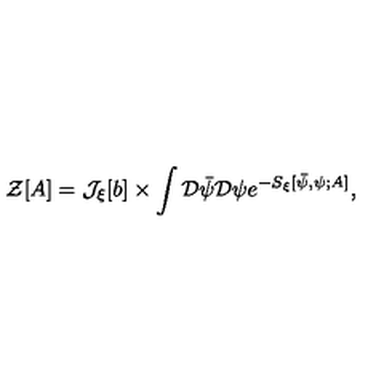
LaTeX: { \mathcal Z } [ A ] = { \mathcal J } _ { \xi } [ b ] \times \int { \mathcal D } { \bar { \psi } } { \mathcal D } \psi e ^ { - S _ { \xi } [ { \bar { \psi } } , \psi ; A ] } ,